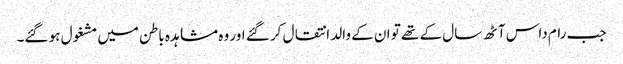
جب رام داس آٹھ سال کے تھے تو ان کے والد انتقال کر گئے اور وہ مشاہدہ باطن میں مشغول ہو گئے۔